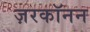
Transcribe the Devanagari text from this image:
ज़रकॉनन